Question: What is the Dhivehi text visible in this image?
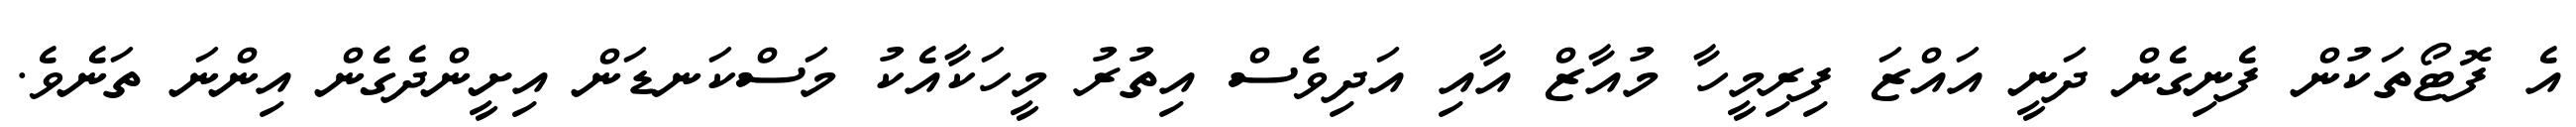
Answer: އެ ފޮޓޯތަކުން ފެނިގެން ދަނީ އައްޒަ ފިރިމީހާ މުއާޒް އާއި އަދިވެސް އިތުރު މީހަކާއެކު މަސްކަނޑަން އިށީންދެގެން އިންނަ ތަނެވެ.